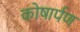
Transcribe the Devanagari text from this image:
कोषार्पण